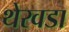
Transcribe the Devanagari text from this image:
थेरवडा